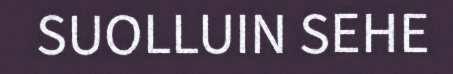
SUOLLUIN SEHE